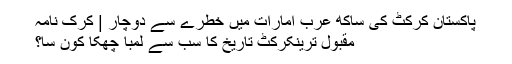
پاکستان کرکٹ کی ساکھ عرب امارات میں خطرے سے دوچار | کرک نامہ
مقبول ترینکرکٹ تاریخ کا سب سے لمبا چھکا کون سا؟